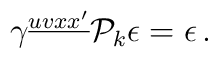
\gamma^{\underline{uvxx'}} {\cal P}_k \epsilon = \epsilon \, .